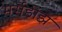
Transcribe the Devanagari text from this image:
मर्सेडीझ